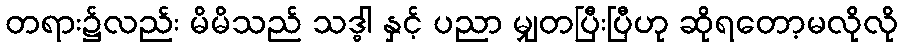
တရား၌လည်း မိမိသည် သဒ္ဓါ နှင့် ပညာ မျှတပြီးပြီဟု ဆိုရတော့မလိုလို